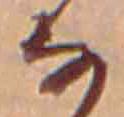
な